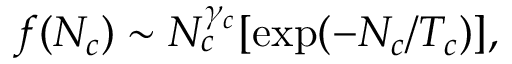
f ( N _ { c } ) \sim N _ { c } ^ { \gamma _ { c } } [ \mathrm { e x p } ( - N _ { c } / T _ { c } ) ] ,